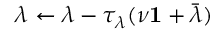
\lambda \leftarrow \lambda - \tau _ { \lambda } ( \nu \mathbf { 1 } + \bar { \lambda } )